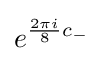
e^{{\frac {2\pi i}{8}}c_{-}}